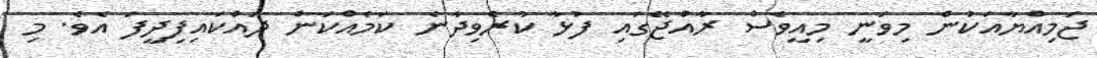
ޖަމިއްޔާއަކުން މިވަނީ މިއީވެސް ރާއްޖޭގައި ފުޅާ ކުރެވިދާނެ ކަމެއްކަން ދައްކައިފިދީފަ އެވެ. މި